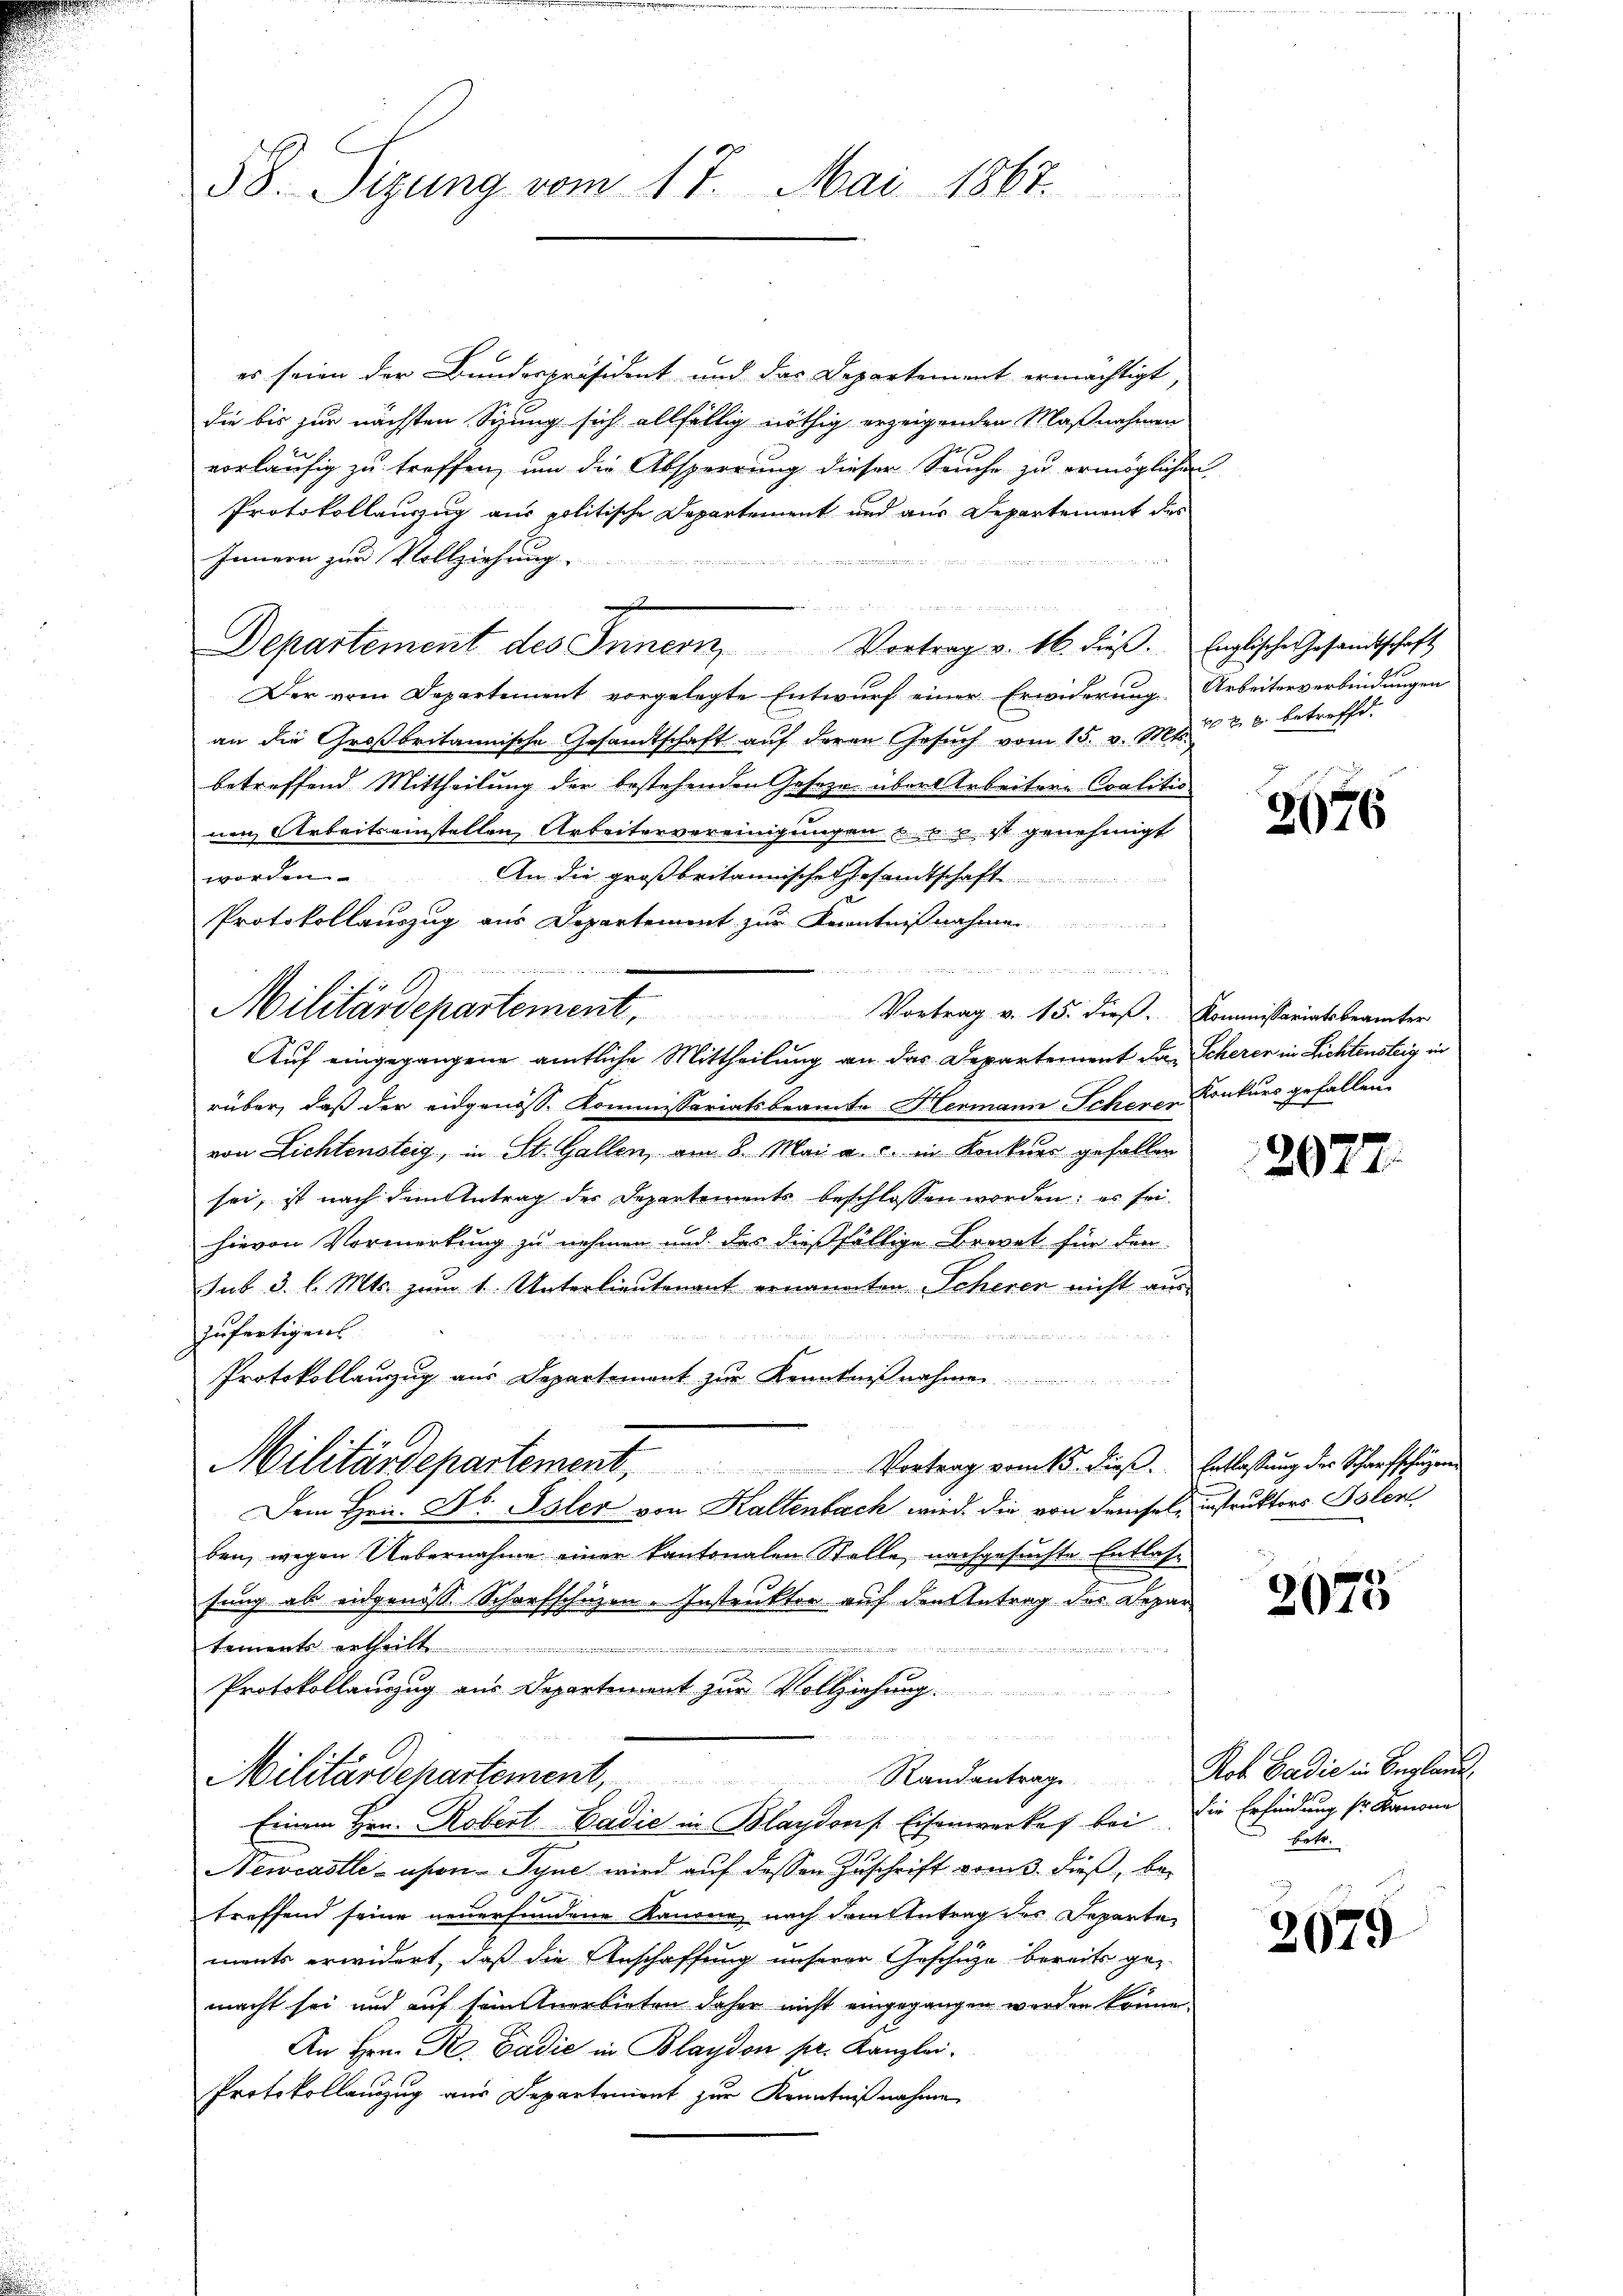
58. Sizung vom 17. Mai 1867.

er seien der Bundespräsident und das Departement ermächtigt,
die bis zur nächsten Sizung sich allfällig nöthig erzeigenden Maßnahmen
vorläufig zu treffen, um die Absperrung dieser Seuche zu ermöglichen
Protokollauszug aus politische Departement und aus Departement des
Innern zur Vollziehung

        Mlle u einlich
Departement des Innern, Vortrag v. 16. dieβ. Englische Gesandtschaft
Der vom Departement vorgelegte Entwurf einer Erwiderung. Arbeiterverbindungen
an die Großbritannische Gesandtschaft auf deren Gesŭch vom 15. v. Mts. z. B. betreffd.
betreffend Mittheilung der bestehenden Gesezr. über Arbeitere Coalitio
nen Arbeitseinstellen, Arbeitervereinigungen u. v. u. ist genehmigt
An die großbritannische Gesandtschaft
worden.
Protokollauszug aus Departement zur Kenntnißnahme
 ee die es waren Abend er einen der
Militärdepartement. Vortrag v. 15. dieβ. Kommissariatsbeamter
Auf eingegangene amtliche Mittheilung an das Departement das Scherer in Lichtensteig in
rüber, daß der eidgenöss. Kommissariatsbeamte Hermann Scherer Konkurs gefallen.
von Lichtensteig, in St. Gallen, am 8. Mai a. c. in Konkurs gefallen
sei, ist nach dem Antrag des Departements beschlossen worden; es sei
hievon Vormerkung zu nehmen und das dießfällige Brevet für den
sub 3. l. Mts. zum 1. Unterlieutenant ernannten Scheren nicht aus-
zufertigens
Protokollanzug aus Departement zur Kenntnißnahme ......
W
Militärdepartement, Vertrag samts diese Erlaßung der Schaffungen
Dem Hrn. Jb. Isler von Kaltenbach wird die von demsel, instruktors Polen
ben, wegen Uebernahme einen Kantonalen Stelle nachgesuchte Entlasse
fung als eidgenöss Scharfschüzen-Instrukter auf den Antrag des Departemente ertheilt.
Protokollanzug aus Departement zur Vollziehung.

Militärdepartement, Randantrag. Rob. Badić in England
Einem Hrn. Robert Badić in Blagdorf Eisenwerkes bei die Erfindung so kanone
Newcastleihen Syne wird auf dessen Zuschrift vom 3. dieß, betreffend seine neuerfundene Kanone nach dem Antrag des Departe
ments erwidert, daß die Anschaffung unserer Geschäze bereits gemacht sei und auf sein Anerbieten daher nicht eingegangen werden könne.
An Hrn. R. Gadić in Blaydon pr. Kanzlei.
Protokollauszug aus Departonient zur Kenntnißnahmen

2076

2077.

2075

betr.

2079